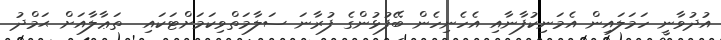
އުދުވާނީ ހަމަލައިން އެމަނިކުފާނާއި އެހެނިހެން ބޭފުޅުންގެ ފުރާނަ ސަލާމަތްވިކަމަށްޓަަކައި  ތަޢާލާއަށް ޙަމްދު